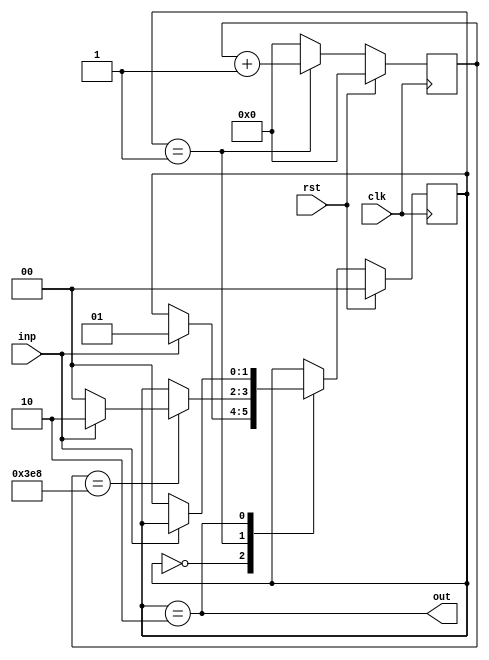
module debouncer #(
    parameter debounce_cycles = 1000
) (
    input inp,
    input clk,
    input rst,
    output out
    );
    
    localparam state_low        = 0;
    localparam state_counting   = 1;
    localparam state_high       = 2;
    
    reg[1:0] state = state_low;
    
    reg[$clog2(debounce_cycles)+1:0] count;
    
    wire max = (count == debounce_cycles);
    
    assign out = (state == state_high);

    // Counter
    always @(posedge clk) begin
        if(rst)
            count   <= 0;
        else if(state == state_counting)
            count   <= count + 1;
        else
            count   <= 0;
    end
    
    // State transition
    always @(posedge clk) 
    if(rst)
        state <= 0;
    else 
        case(state)
            state_low:
                if(inp)
                    state <= state_counting;
            state_counting:
                if(max)
                    if(inp)
                        state <= state_high;
                    else
                        state <= state_low;
            state_high:
                if(~inp)
                    state <= state_low;
        endcase
endmodule